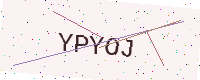
Text: YPYOJ